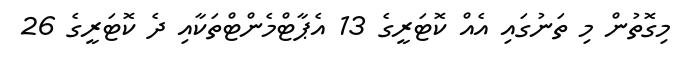
މިގޮތުން މި ތަނުގައި އެއް ކޮޓަރީގެ 13 އެޕާޓްމެންޓްތަކާއި ދެ ކޮޓަރީގެ 26